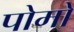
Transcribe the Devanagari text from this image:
पोमो